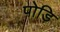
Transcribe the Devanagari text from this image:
पोड़ि